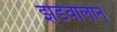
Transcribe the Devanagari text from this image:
झंडेवालान्